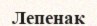
Лепенак